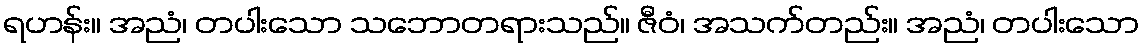
ရဟန်း။ အညံ၊ တပါးသော သဘောတရားသည်။ ဇီဝံ၊ အသက်တည်း။ အညံ၊ တပါးသော